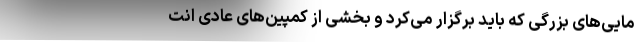
مایی‌های بزرگی که باید برگزار می‌کرد و بخشی از کمپین‌های عادی انت